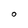
Character: O